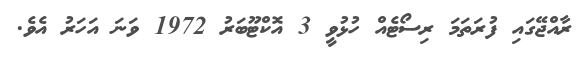
ރާއްޖޭގައި ފުރަތަމަ ރިސޯޓެއް ހުޅުވީ 3 އޮކްޓޫބަރު 1972 ވަނަ އަހަރު އެވެ.